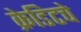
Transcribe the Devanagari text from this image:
क्रेडिटचे